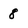
Character: 8